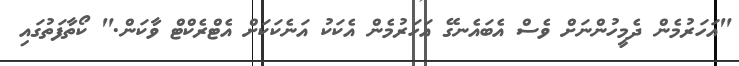
"އަހަރުމެން ދެމީހުންނަށް ވެސް އެބައެނގޭ އަހަރުމެން އެކަކު އަނެކަކަށް އެޓްރެކްޓް ވާކަން." ކޯތާފަތުގައި